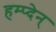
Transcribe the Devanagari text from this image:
हम्प्देन्